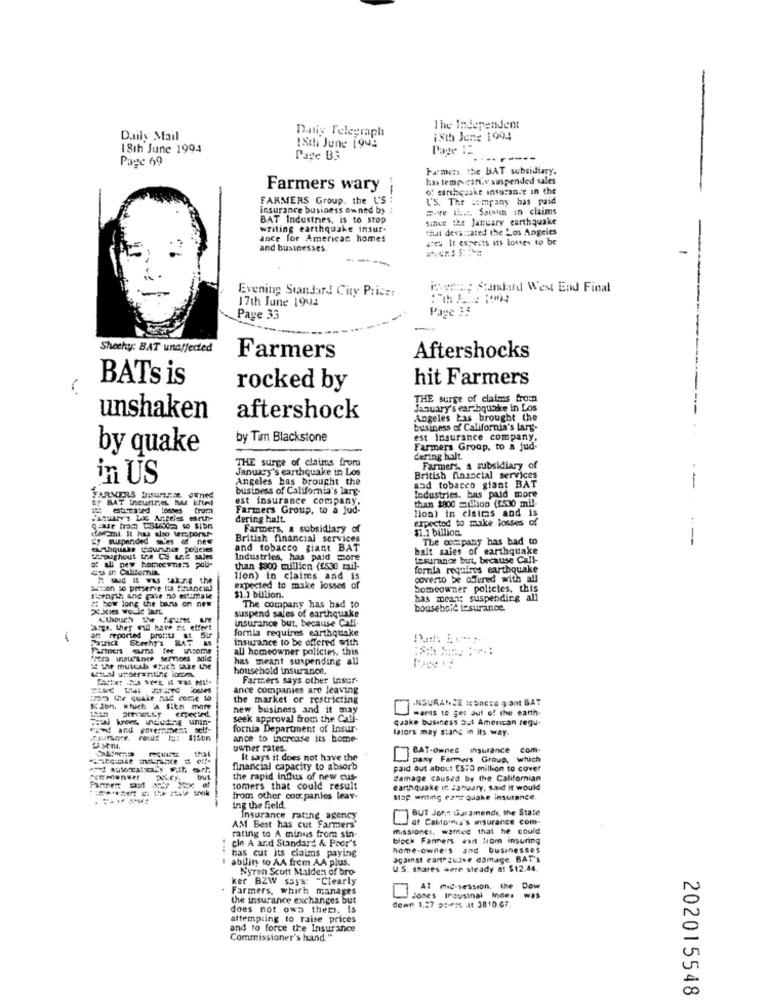
Dniy Telegraph
The Independent
Daily Mail
ixth Jene 1994
18th June 1994
18th June 1993
Page 12
Page 69
Page B3
-----
Farmers the BAT subsidiary.
has tempe can.v suspended sales
Farmers wary
o' erthesake insurance in the
FARMERS Group. the L'S
L'S. The company has paid
insurance business owned by
Sure & ... Sawii in claims
BAT Industries, is to stop
since the January earthquake
writing earthquake insur.
that devastated the Los Angeles
ance for American homes
szes It expects its lotes to be
and businesses
Evening Standard City Price:
mens Standard West End Final
17th June 1944
Page 35
Paye 33
Sheehy: BAT unaffected
Farmers
Aftershocks
hit Farmers
BATs is
rocked by
THE surge of claims from
January's earthquake in Los
unshaken
aftershock
Angeles Las brought the
business of California's lars.
by Tim Blackstone
est Insurance company.
by quake
Farmers Group, to a jud-
THE surge of claims from
Cering halt.
January's earthquake in Los
Farmers, a subsidiary of
in US
Angeles bas brought the
British financial services
business of California's lary-
od tobacco giant BAT
--
YARMIERS Insurance. JEned
est insurance company,
than $900 = lon (f530 mil-
Industries, bas paid more
Farmers Group, to a jud-
dering halt
llon) in claims and is
expected to make losses of
(farmi It has also tersponur-
Farmers, a subsidiary of
$1.1 billion.
Sy suspended 'es of Des
British financial services
The company has had to
euthquake yourshee polleses
and tobacco giant BAT
balt sales of earthquake
Typuighout the CS u.d sales
Industries, has paid more
tesuranos but, because Call-
es in California
of all new homeemnets poli-
than $300 million (£530 mail-
fornla requires earthquake
Tion) to claims and is
coverto be offered with all
Sion so preserve fis financial
expected to make losses of
Homeowner policies, this
# how long the bans on new
$1.1 billion.
has mean: suspending all
cbcies wold Inst.
suspend sales of earthquake
The company has had to
bousehcic insurance.
Athouch De faure um
insurance but, because Call.
"sige. they mail have no effert
fornia requires earthquake
an reported profits af
Patrick Stechy's RAT
insurance to be offered with
Partners ers tor unisome
all homeowner policies. this
has meant suspending all
" the mutual stach take the
household insurance.
Farmers says other insur-
-----
ance companies are leaving
in the quake had come w
the market or restricting
INSURANCE tebaCEG q ant BAT
Kion, which is fitn mam
prenotLy expected
new business and it may
wants to get auf of the earth-
seek approval from the Call-
qaske business 3:1 American regu-
and government self-
fornia Department of Insur-
lators may stang @ its way.
roule 1: 115bn
ance to increase its home-
owner rates.
BAT-Owned Insurance com-
That
It says it does not have the
pany Farmers Group, which
financial capacity to absorb
paid out about ESTO million to cover
bus
the rapid indus of new cus-
damage caused by the Californian
tomers that could result
earthquake in January, said it would
from other companies leav-
stap whiting rant quake insurance.
ing the field.
BUT John Garamende, the State
Insurance rating agency
of Caldo ma's insurance com-
rating to A minus from sin.
AM Best has cut Farmers'
missionei. wamec that he could
cin A and Standard & Poor's
block Farmers want from insuring
has cut its claims paying
home-owners and businesses
I ability to AA frem AA plus.
against carteuthe damage. BAT's
Nyren Scott Malden of bro-
U.S. Shares were steady af $12.44.
ker BZW says: "Clearly
Farmers, which manages
Al mic-session, the Dow
the insurance exchanges but
down 1.27 38-PIS at 3810.67.
Jones Ircustnal Index was
does not ows them. is
attempting to raise prices
and to force the Insurance
Commissioner's hand. "
202015548